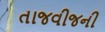
તાજવીજની